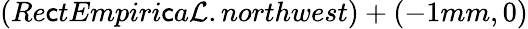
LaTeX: (Re\mathsf{c}tEmpiri\mathsf{c}a\mathcal{L}.northwest)+(-1mm,0)